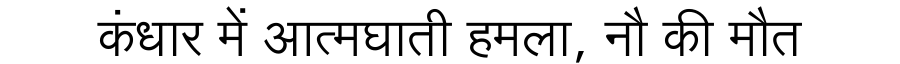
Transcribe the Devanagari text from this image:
कंधार में आत्मघाती हमला, नौ की मौत